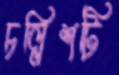
চল্লিশটি